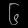
Digit: ၆